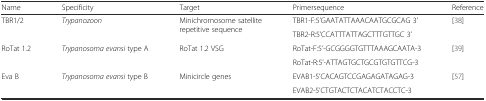
<table><thead><tr><td><b>Name</b></td><td><b>Specificity</b></td><td><b>Target</b></td><td><b>Primersequence</b></td><td><b>Reference</b></td></tr></thead><tbody><tr><td rowspan="2">TBR1/2</td><td rowspan="2"><i>Trypanozoon</i></td><td rowspan="2">Minichromosome satellite repetitive sequence</td><td>TBR1-F:5’GAATATTAAACAATGCGCAG 3’</td><td rowspan="2">[38]</td></tr><tr><td>TBR2-R:5’CCATTTATTAGCTTTGTTGC 3’</td></tr><tr><td rowspan="2">RoTat 1.2</td><td rowspan="2"><i>Trypanosoma evansi</i> type A</td><td rowspan="2">RoTat 1.2 VSG</td><td>RoTat-F:5’-GCGGGGTGTTTAAAGCAATA-3</td><td rowspan="2">[39]</td></tr><tr><td>RoTat-R:5’-ATTAGTGCTGCGTGTGTTCG-3</td></tr><tr><td rowspan="2">Eva B</td><td rowspan="2"><i>Trypanosoma evansi</i> type B</td><td rowspan="2">Minicircle genes</td><td>EVAB1-5’CACAGTCCGAGAGATAGAG-3</td><td rowspan="2">[57]</td></tr><tr><td>EVAB2-5’CTGTACTCTACATCTACCTC-3</td></tr></tbody></table>